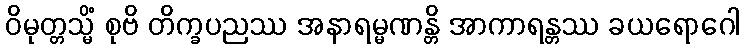
ဝိမုတ္တသ္မိံ စုဗိ တိက္ခပညဿ အနာရမ္မဏန္တိ အာကာရန္တဿ ခယရောဂေါ